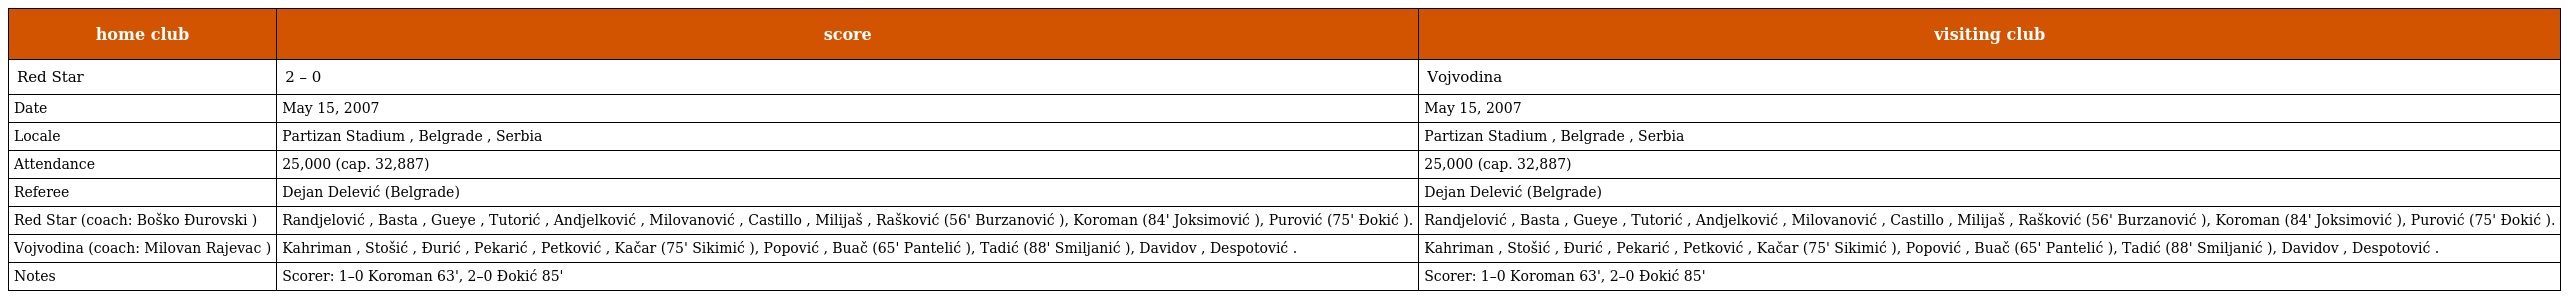
| home club | score | visiting club |
 | --- | --- | --- |
 | Red Star | 2 – 0 | Vojvodina |
 | Date | May 15, 2007 | May 15, 2007 |
 | Locale | Partizan Stadium , Belgrade , Serbia | Partizan Stadium , Belgrade , Serbia |
 | Attendance | 25,000 (cap. 32,887) | 25,000 (cap. 32,887) |
 | Referee | Dejan Delević (Belgrade) | Dejan Delević (Belgrade) |
 | Red Star (coach: Boško Đurovski ) | Randjelović , Basta , Gueye , Tutorić , Andjelković , Milovanović , Castillo , Milijaš , Rašković (56' Burzanović ), Koroman (84' Joksimović ), Purović (75' Đokić ). | Randjelović , Basta , Gueye , Tutorić , Andjelković , Milovanović , Castillo , Milijaš , Rašković (56' Burzanović ), Koroman (84' Joksimović ), Purović (75' Đokić ). |
 | Vojvodina (coach: Milovan Rajevac ) | Kahriman , Stošić , Đurić , Pekarić , Petković , Kačar (75' Sikimić ), Popović , Buač (65' Pantelić ), Tadić (88' Smiljanić ), Davidov , Despotović . | Kahriman , Stošić , Đurić , Pekarić , Petković , Kačar (75' Sikimić ), Popović , Buač (65' Pantelić ), Tadić (88' Smiljanić ), Davidov , Despotović . |
 | Notes | Scorer: 1–0 Koroman 63', 2–0 Đokić 85' | Scorer: 1–0 Koroman 63', 2–0 Đokić 85' |